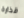
قذارة